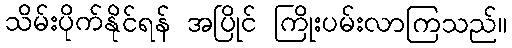
သိမ်းပိုက်နိုင်ရန် အပြိုင် ကြိုးပမ်းလာကြသည်။